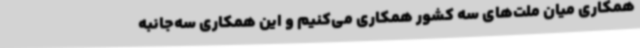
همکاری میان ملت‌های سه کشور همکاری می‌کنیم و این همکاری سه‌جانبه